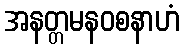
အနတ္တမနဝစနာဟံ